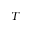
T